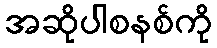
အဆိုပါစနစ်ကို